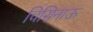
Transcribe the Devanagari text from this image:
चिसिनाऊ